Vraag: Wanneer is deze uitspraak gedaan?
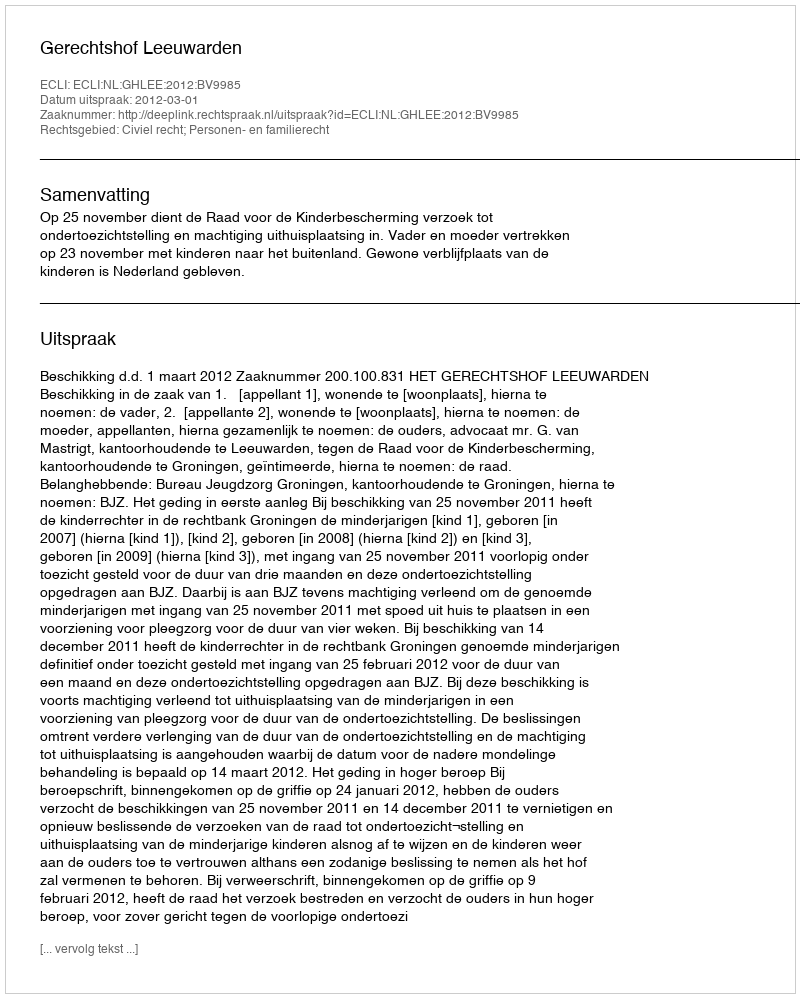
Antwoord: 2012-03-01